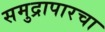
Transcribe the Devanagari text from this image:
समुद्रापारचा